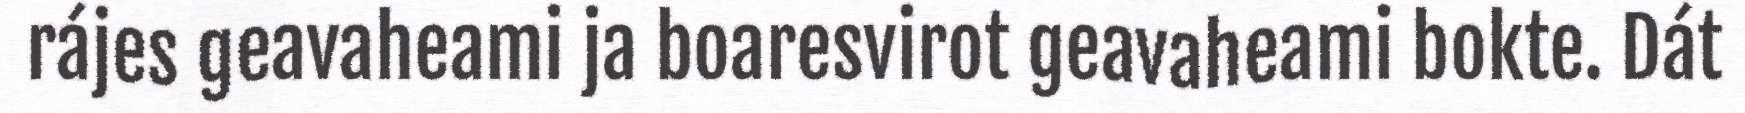
rájes geavaheami ja boaresvirot geavaheami bokte. Dát